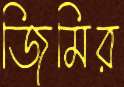
জিমির